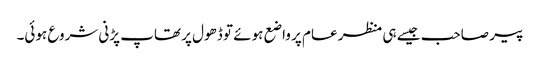
پیر صاحب جیسے ہی منظر عام پر واضع ہوئے تو ڈھول پر تھاپ پڑنی شروع ہوئی۔